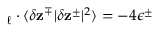
\mathbf { \nabla } _ { \boldsymbol { \ell } } \cdot \langle \delta \mathbf { z } ^ { \mp } | \delta \mathbf { z } ^ { \pm } | ^ { 2 } \rangle = - 4 \epsilon ^ { \pm }